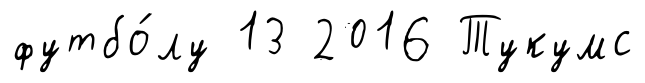
футбо́лу 13 2016 Тукумс